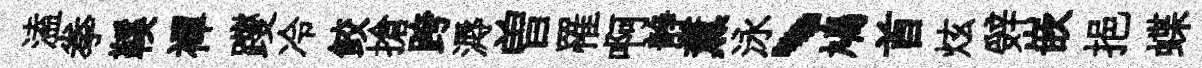
溘拳鞵襌躞冷鲛搶跨溽曽罹啊静薰泳、鳩首炫辤嵌挹蝶